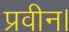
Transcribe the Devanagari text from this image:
प्रवीन।